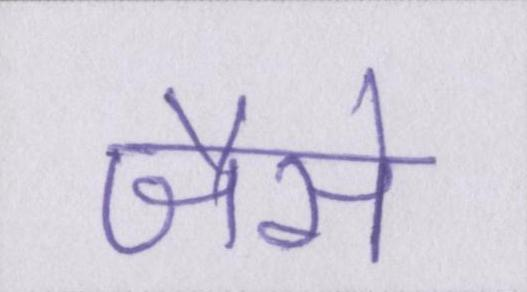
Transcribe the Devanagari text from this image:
जैसै